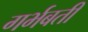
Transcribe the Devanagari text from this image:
गर्भबती